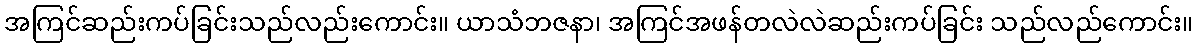
အကြင်ဆည်းကပ်ခြင်းသည်လည်းကောင်း။ ယာသံဘဇနာ၊ အကြင်အဖန်တလဲလဲဆည်းကပ်ခြင်း သည်လည်ကောင်း။